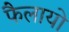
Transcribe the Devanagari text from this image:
फैलायो